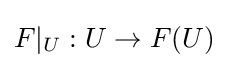
F|_{U}:U\to F(U)